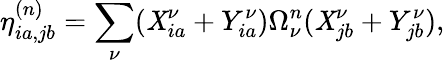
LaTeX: \eta_{ia,jb}^{(n)}=\sum_{\nu}(\mathit{X}_{ia}^{\nu}+Y_{ia}^{\nu})\Omega_{\nu}^{n}(\mathit{X}_{jb}^{\nu}+Y_{jb}^{\nu}),